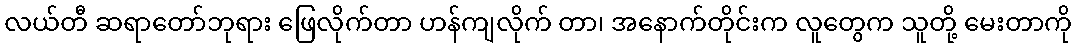
လယ်တီ ဆရာတော်ဘုရား ဖြေလိုက်တာ ဟန်ကျလိုက် တာ၊ အနောက်တိုင်းက လူတွေက သူတို့ မေးတာကို